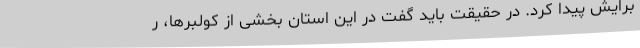
برایش پیدا کرد. در حقیقت باید گفت در این استان بخشی از کولبرها، ر